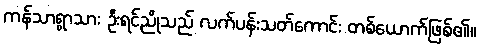
ကန်သာရွာသား ဦးရင်ညိုသည် လက်ပန်းသတ်ကောင်း တစ်ယောက်ဖြစ်၏။